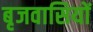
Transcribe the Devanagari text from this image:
बृजवासियों